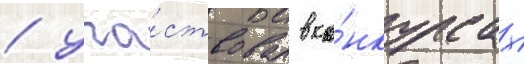
/ уча́ствовал в ко́нкурсах